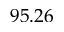
9 5 . 2 6